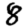
Digit: 8